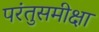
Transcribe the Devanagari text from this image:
परंतुसमीक्षा